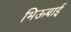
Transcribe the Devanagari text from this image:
भिऊबाई